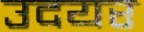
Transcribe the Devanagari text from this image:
उदयर